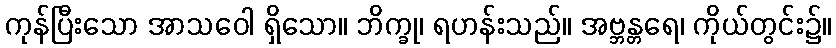
ကုန်ပြီးသော အာသဝေါ ရှိသော။ ဘိက္ခု၊ ရဟန်းသည်။ အဗ္ဘန္တရေ၊ ကိုယ်တွင်း၌။